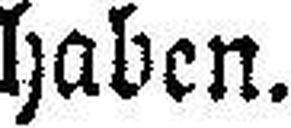
haben.